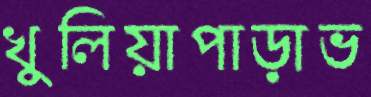
খুলিয়াপাড়াভ